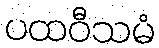
ပထဝီသမံ